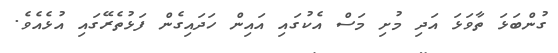
ގުންބަޅަ ތާވަޅަ އަދި މުށި މަސް އެކުގައި އައިން ހަދައިގެން ފަޅުތެރޭގައި އުޅެއެވެ.